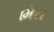
મિસ